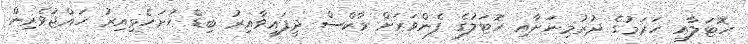
ހޮޓަލާއި ހަރަމުގެ ދުރުމިނަށާއި ހޮޓަލުގެ ފެންވަރަށް މާކްސް ދީފައިވާއިރު ބިޑް ހުށަހެޅިއިރު ހައްޖުވެރިން